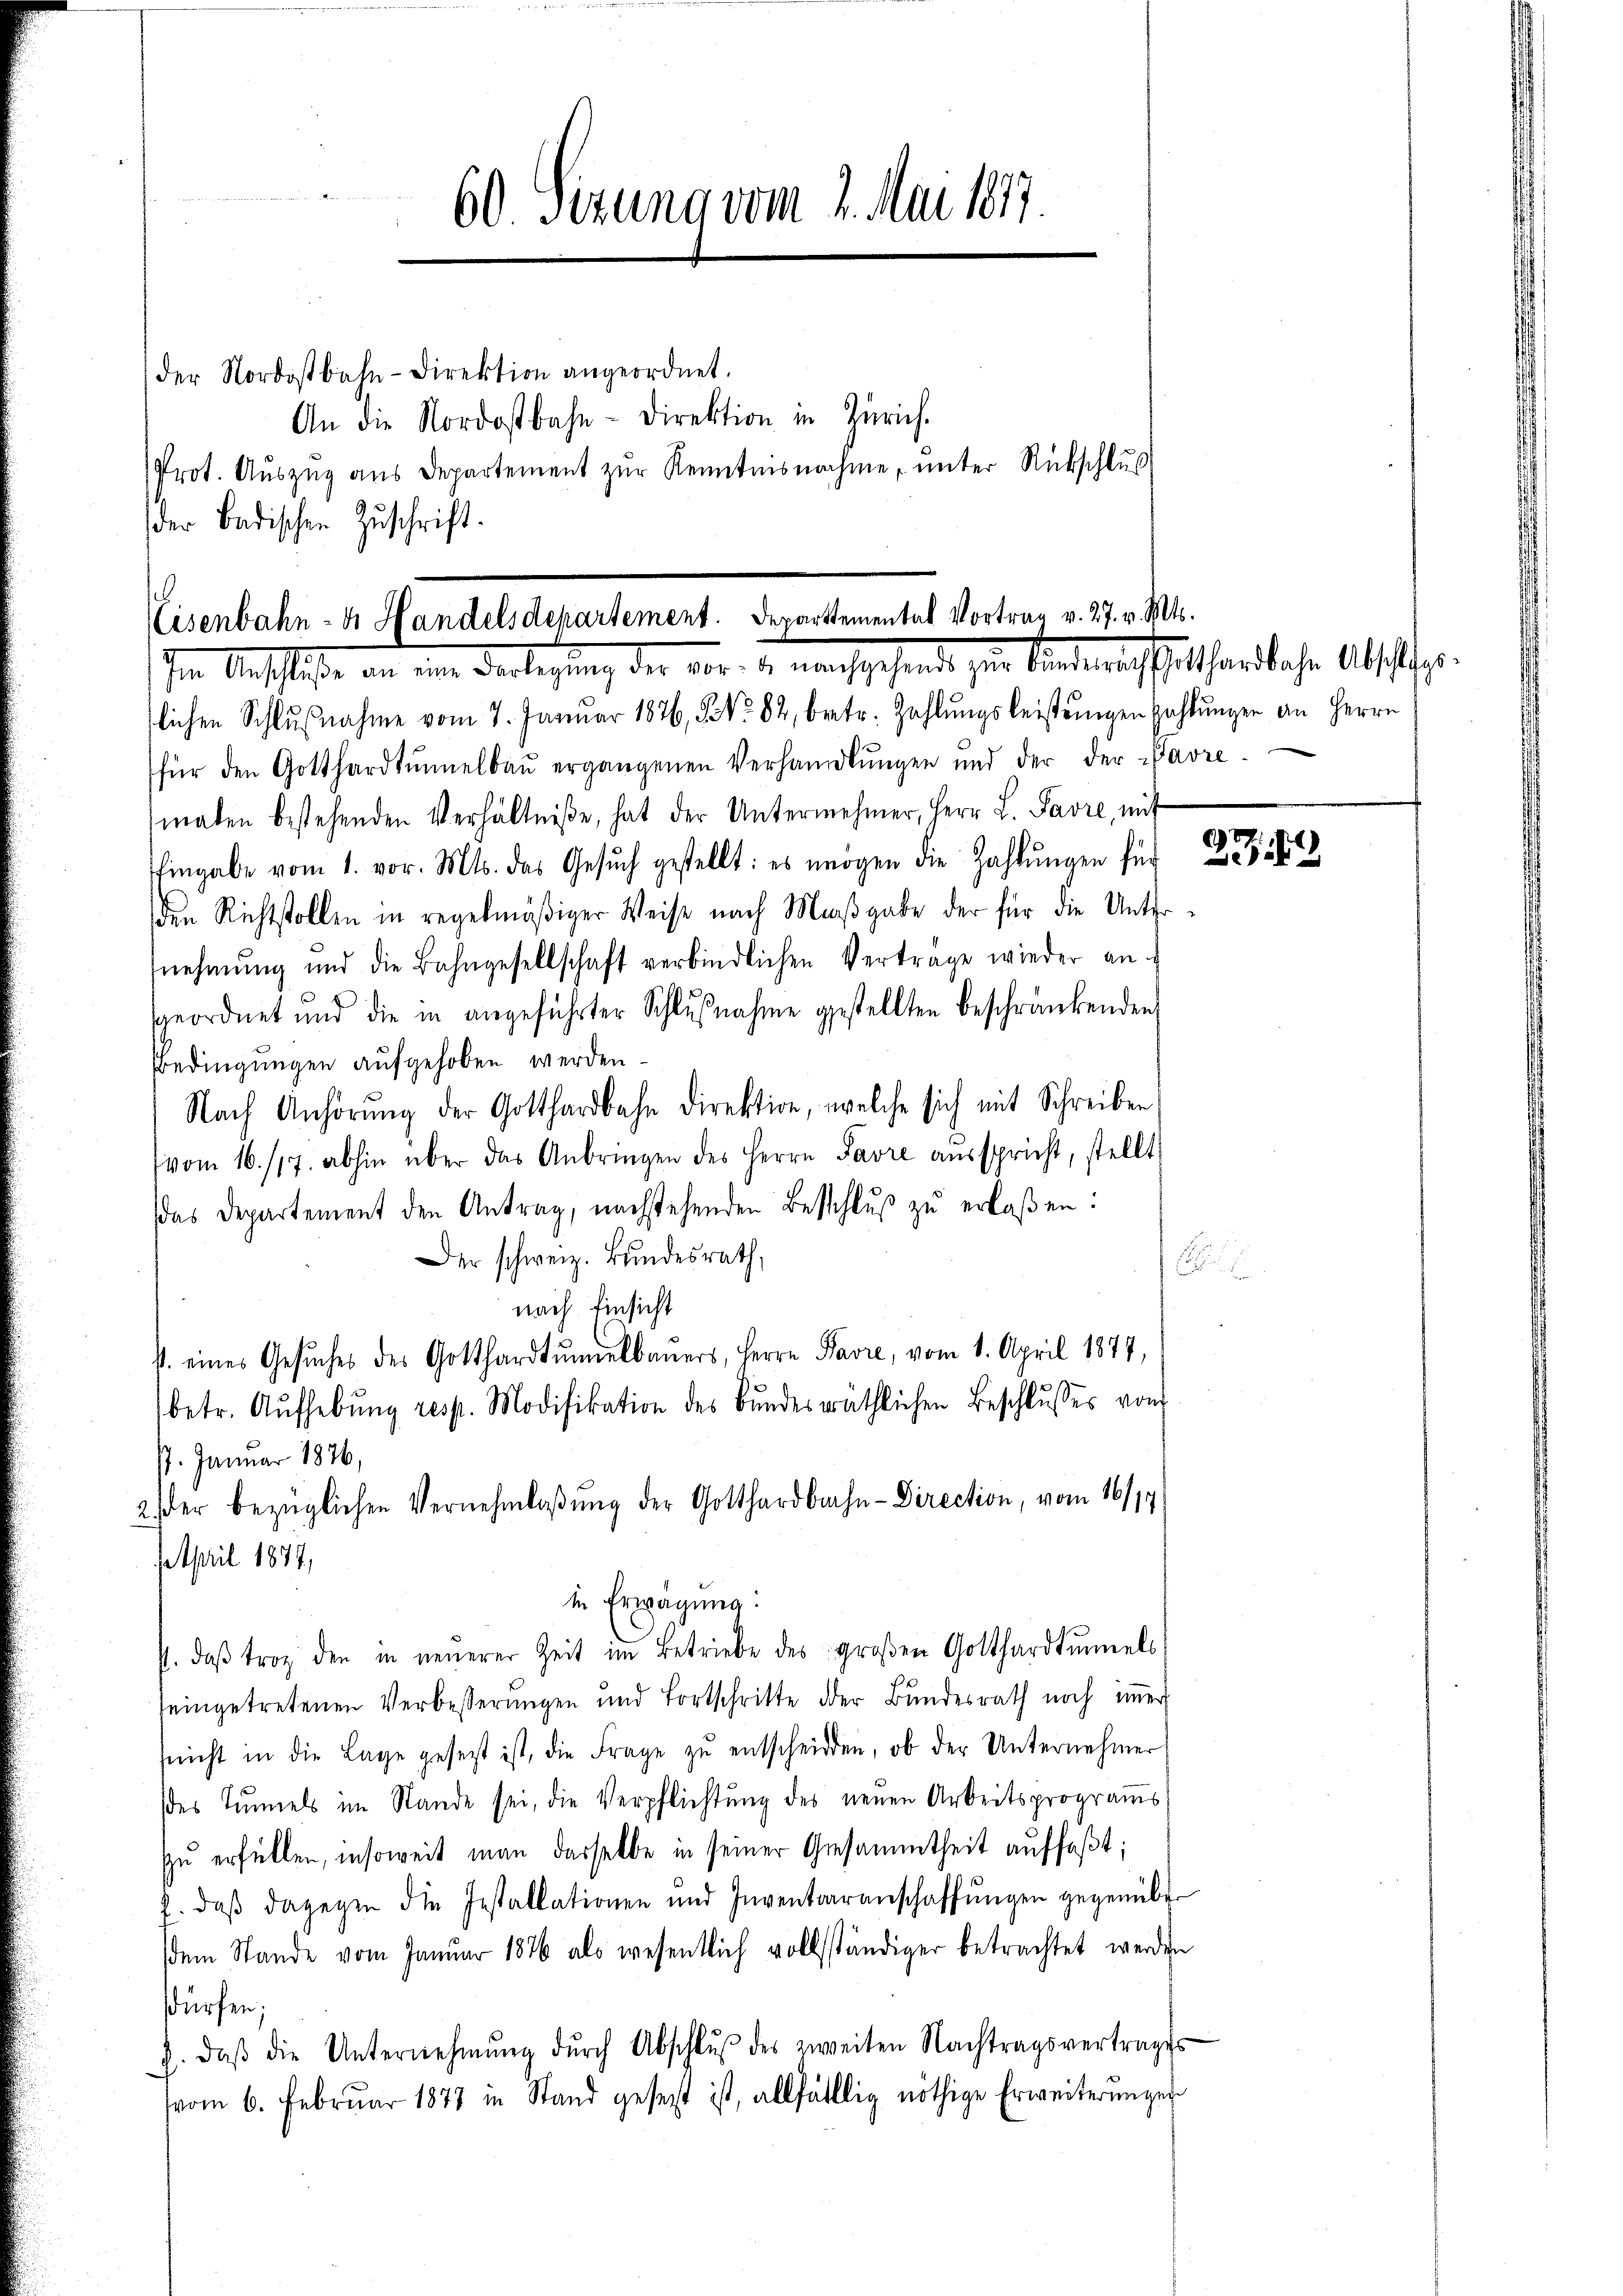
60. Sezung vom 1. Mai 1877.
der Nordostbahn-Direktion angeordnet.
An die Nordostbahn-Direktion in Zürich.
Prot. Aŭszŭg aŭs Departement zŭr Kenntnisnahme, ŭnter Rückschluß
der Badischen Zuschrift.

Eisenbahn- & Handelsdepartement. Departemental Vortrag v. 27. v. Mts.
Im Anschluße       Verlegung der vor u. nachgehend zur Andererstatthardbahre Absicher

lichen Schlußnahme vom 7. Januar 1876, 5 No 82, betr. Zahlungsleistungen Zahlungen an Herrn
für den Gotthardtunnelbaŭ ergangenen Verhandlŭngen und der der Favre-
malen bestehenden Verhältniße, hat der Unternehmer, Herr L. Favre, mit
Eingabe vom 1. vor. Mts. das Gesuch gestellt: es mögen die Zahlŭngen für
den Richtstollen in regelmäßiger Weise nach Maβgabe der für die Unternehmung und die Bahngesellschaft verbindlichen Verträge wieder an
geordnet und die in angeführter Schlŭβnahme gestellten beschränkenden
Bedingungen aufgehoben werden
Nach Anhörŭng der Gotthardbahn direktion, welche sich mit Schreiben
vom 16./17. abhin über das Anbringen des Herrn Favre aŭsspricht, stellt
das Departement den Antrag, nachstehenden Beschlŭβ zŭ erlaßen:
Der schweiz. Bŭndesrath,
nach Einsicht
s. eines Gesŭches des Gotthardtŭmelbauers, Herrn Pavre, vom 1. April 1877,
betr. Aŭfhebŭng resp. Modifikation des Bŭndesräthlichen Beschlŭsses von
/7. Januar 1876,
2 der bezüglichen Vernehmlaßung der Gotthardbahn- Direction, vom 16/19
April 1877,
in Erwägung:
P. daβ trotz den in neŭerer Zeit im Betriebe des groβen Gotthardtunnels
seingetretenen Verbesserungen und Fortschritte der Bundesrath noch immer
(nicht in die Lage gesetzt ist, die Frage zŭ entscheiden, ob der Unternehmer
des Tunnels im Stande sei, die Verpflichtung des neuen Arbeitsprograms
zu erfüllen, insoweit man dasselbe in seiner Gesammtheit auffaßt;
2. daβ dagegen die Installationen und Inventarenschaffŭngen gegenüber
dem Stande vom Januar 1876 als wesentlich vollständiger betrachtet werden
dürfen;
J. daβ die Unternehmung dŭrch Abschlŭβ des zweiten Nachtragsvertrages
vom 6. Febrŭar 1877 in Stand gesetzt ist, allfälllig nöthige Erweiterŭngen

u